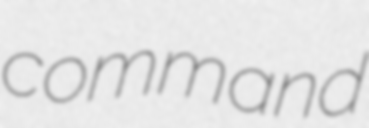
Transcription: command